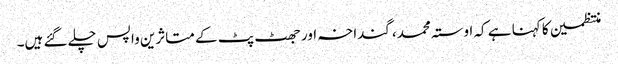
منتظمین کا کہنا ہے کہ اوستہ محمد، گنداخہ اور جھٹ پٹ کے متاثرین واپس چلے گئے ہیں۔